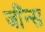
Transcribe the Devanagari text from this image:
जींन्स